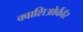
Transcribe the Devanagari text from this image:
क्वाशिओर्कॉर